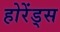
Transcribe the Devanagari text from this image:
होरेंड्स